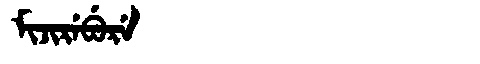
Manchu: ᠮᡳᠵᡳᡵᡝᠪᡠᡵᡝ
Romanization: MIJIREBURE